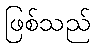
ဖြစ်သည်